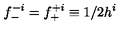
f _ { - } ^ { - i } = f _ { + } ^ { + i } \equiv 1 / 2 h ^ { i }